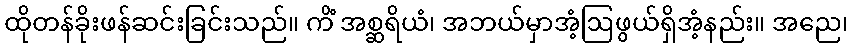
ထိုတန်ခိုးဖန်ဆင်းခြင်းသည်။ ကိံ အစ္ဆရိယံ၊ အဘယ်မှာအံ့ဩဖွယ်ရှိအံ့နည်း။ အညေ၊